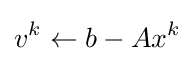
v^{k}\leftarrow b-Ax^{k}